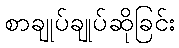
စာချုပ်ချုပ်ဆိုခြင်း